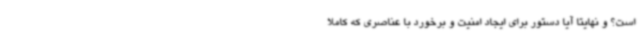
است؟ و نهایتا آیا دستور برای ایجاد امنیت و برخورد با عناصری که کاملا